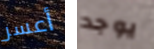
أعسر يوجد